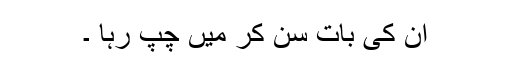
ان کی بات سن کر میں چپ رہا ۔